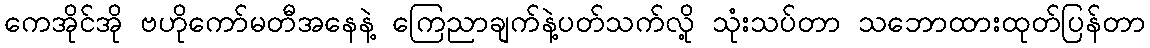
ကေအိုင်အို ဗဟိုကော်မတီအနေနဲ့ ကြေညာချက်နဲ့ပတ်သက်လို့ သုံးသပ်တာ သဘောထားထုတ်ပြန်တာ